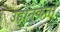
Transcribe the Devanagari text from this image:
उड़ानकर्ता